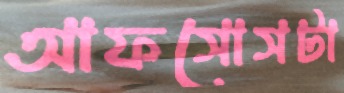
আফসোসটা